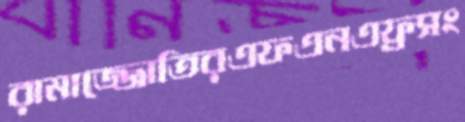
রামাজ্জোতিরএফএনএফ্রসং